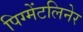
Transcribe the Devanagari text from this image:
पिग्मेंटलिनेर